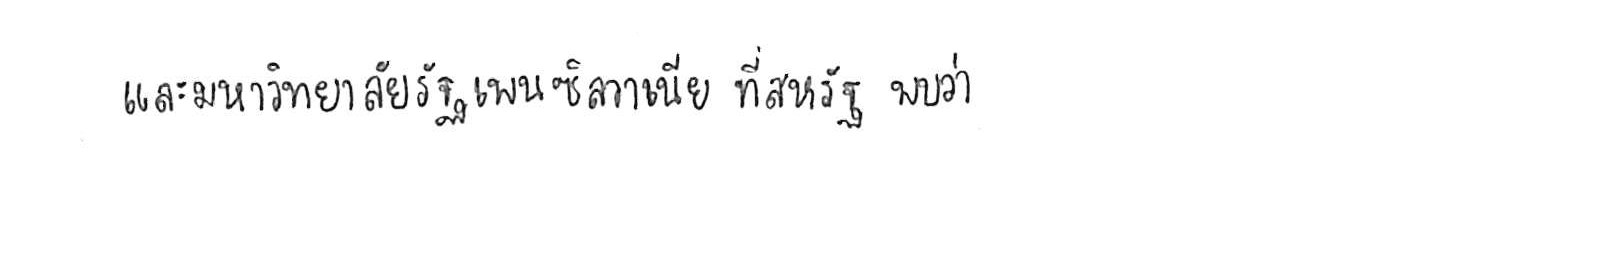
และมหาวิทยาลัยรัฐเพนซิลวาเนีย ที่สหรัฐ พบว่า